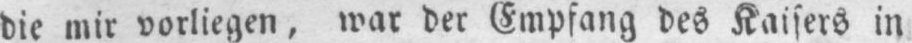
die mir vorliegen, war der Empfang des Kaisers in